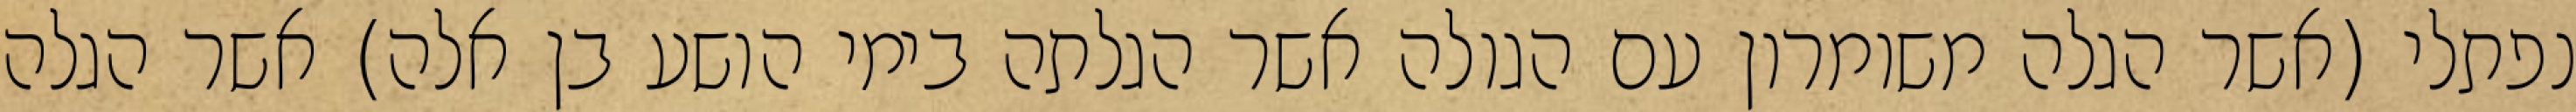
נפתלי (אשר הגלה משומרון עם הגולה אשר הגלתה בימי הושע בן אלה) אשר הגלה